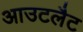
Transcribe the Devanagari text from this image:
आउटलैट